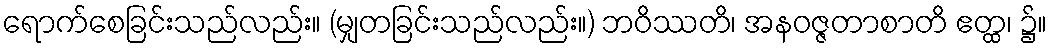
ရောက်စေခြင်းသည်လည်း။ (မျှတခြင်းသည်လည်း။) ဘဝိဿတိ၊ အနဝဇ္ဇတာစာတိ ဧတ္ထ၊ ၌။